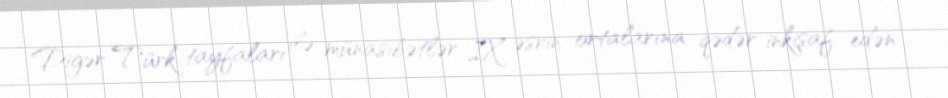
Digər Türk tayfaları ilə münasibətlər IX əsrin ortalarına qədər inkişaf edən